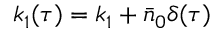
k _ { 1 } ( \tau ) = k _ { 1 } + \bar { n } _ { 0 } \delta ( \tau )